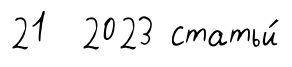
21 2023 статьи́